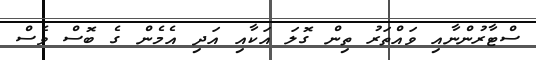
ސްޓާރުންނާއި ވައްތަރު ތިން ގޮލަ އަކާއި އަދި އެމެން ގެ ބޮސް ވެސް